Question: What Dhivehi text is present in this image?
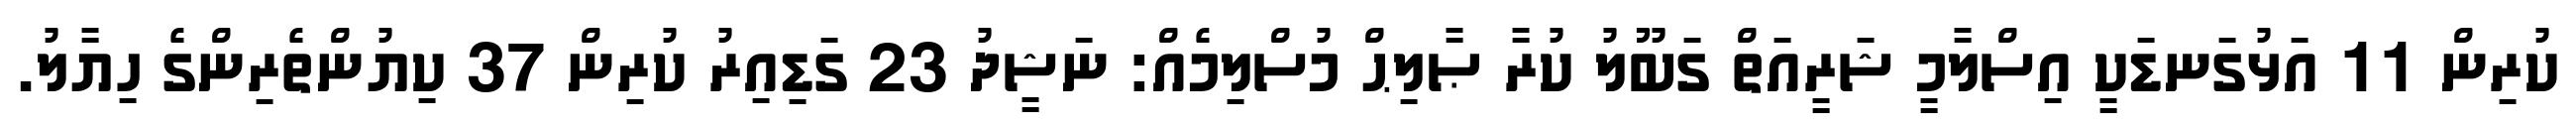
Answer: ކުރިން 11 އަޅުގަނޑަކީ އިސްލާމީ ޝަރީއަތް ގަބޫލު ކުރާ ޞާލިޙް މުސްލިމެއް: ނަޝީދު 23 ގަޑިއިރު ކުރިން 37 ކިޔުންތެރިންގެ ހިޔާލު.